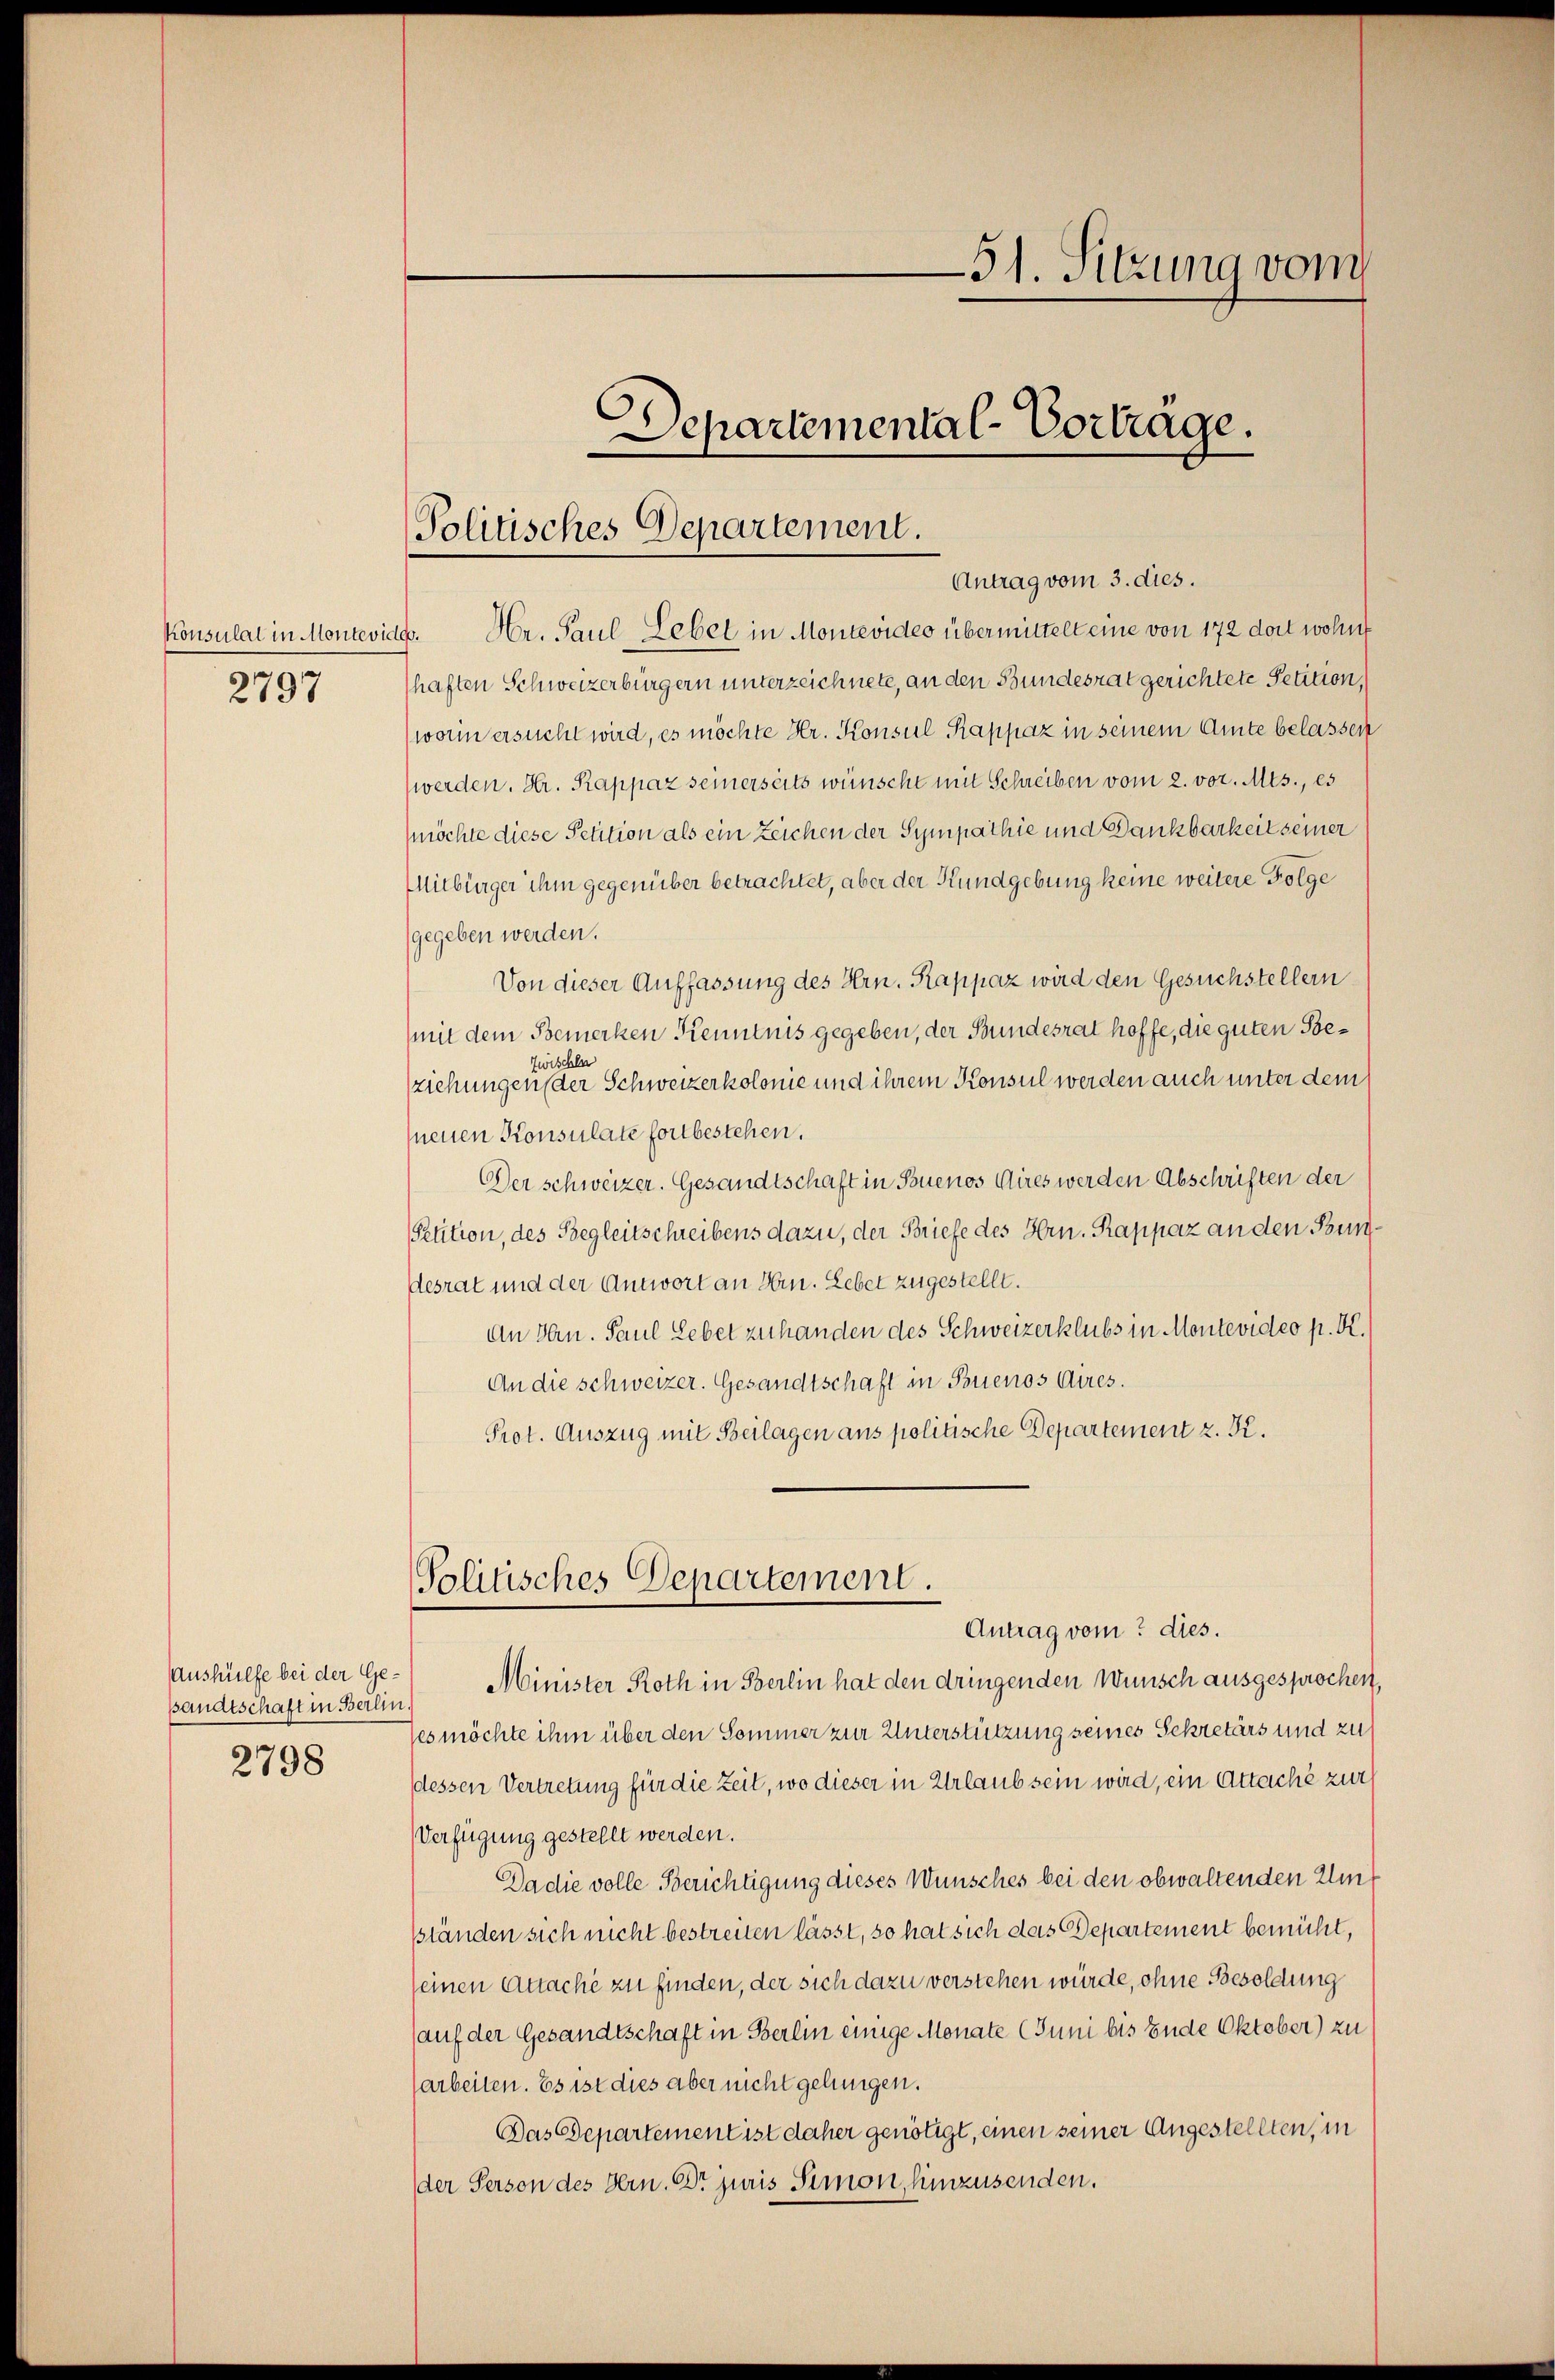
2797

Antrag vom 3. dies.
Konsulat in Montevidg. Hr. Paul Lebel in Montevideo übermittelt eine von 172 dort wohnt
haften Schweizerbürgern unterzeichnete, an den Bundesrat gerichtete Petition,
worin ersucht wird, es möchte Hr. Konsul Kappaz in seinem Amte belassen
werden. Hr. Rappaz seinerseits wünscht mit Schreiben vom 2. vor. Mts., es
möchte diese Petition als ein Zeichen der Sympathie und Dankbarkeit seiner
Mitbürger ihm gegenüber betrachtet, aber der Kundgebung keine weitere Folge
gegeben werden.
Von dieser Auffassung des Hrn. Rappaz wird den Gesuchstellern
mit dem Bemerken Kenntnis gegeben, der Bundesrat hoffe, die guten Behle
wit
(ziehungen der Schweizerkolonie und ihrem Konsul werden auch unter dem
neuen Konsulate fortbestehen.
Der schweizer. Gesandtschaft in Souenos Aires werden Abschriften der
Petition, des Begleitschreibens dazu, der Briefe des Hrn. Rappaz an den Bundesrat und der Antwort an Hrn. Lebet zugestellt.
An Hrn. Paul Lebet zu handen des Schweizerklubs in Montevideo p. K.
An die schweizer. Gesandtschaft in Buenos Aires.
Prot. Auszug mit Beilagen aus politische Departement z. K.

Bandtschaft in Berlin.

2798

Aushülfe bei der Ge- Minister Roth in Berlin hat den dringenden Wunsch ausgesprochen,
es möchte ihm über den Sommer zur Unterstützung seines Sekretärs und zu
dessen Vertretung für die Zeit, wo dieser in Urlaub sein wird, ein Attache zur
Verfügung gestellt werden.
Da die volle Berichtigung dieses Wunsches bei den obwaltenden Umsständen sich nicht bestreiten lässt, so hat sich das Departement bemüht,
seinen Attache zu finden, der sich dazu verstehen würde, ohne Besoldung
auf der Gesandtschaft in Berlin einige Monate (Juni bis Ende Oktober) zu
arbeiten. Es ist dies aber nicht gelungen.
Das Departement ist daher genötigt, einen seiner Angestellten, in
der Person des Hrn. Dr Juris Simon, hinzusenden.

51. Sitzung vom
Departemental-Vorträge.
Politisches Departement.

Politisches Departement.
Antrag vom dies.